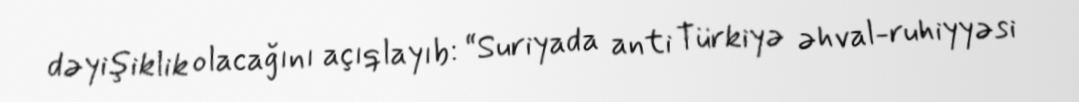
dəyişiklik olacağını açıqlayıb: “Suriyada anti Türkiyə əhval-ruhiyyəsi